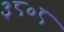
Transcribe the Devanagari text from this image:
३८०८